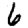
Digit: 6